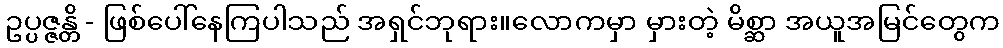
ဥပ္ပဇ္ဇန္တိ - ဖြစ်ပေါ်နေကြပါသည် အရှင်ဘုရား။လောကမှာ မှားတဲ့ မိစ္ဆာ အယူအမြင်တွေက